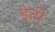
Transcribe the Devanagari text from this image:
इेती